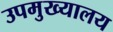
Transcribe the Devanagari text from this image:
उपमुख्यालय